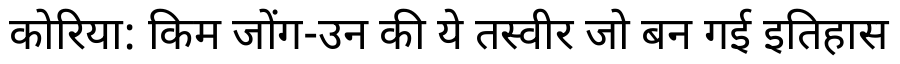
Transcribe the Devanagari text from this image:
कोरिया: किम जोंग-उन की ये तस्वीर जो बन गई इतिहास